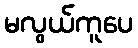
မလွယ်ကူပေ